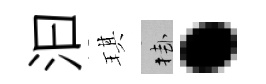
汩琪挂·